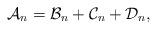
LaTeX: \begin{align*}\mathcal{A}_n=\mathcal{B}_n + \mathcal{C}_n +\mathcal{D}_n,\end{align*}